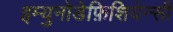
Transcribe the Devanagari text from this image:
इम्युनोडेफ़िशियेन्सी